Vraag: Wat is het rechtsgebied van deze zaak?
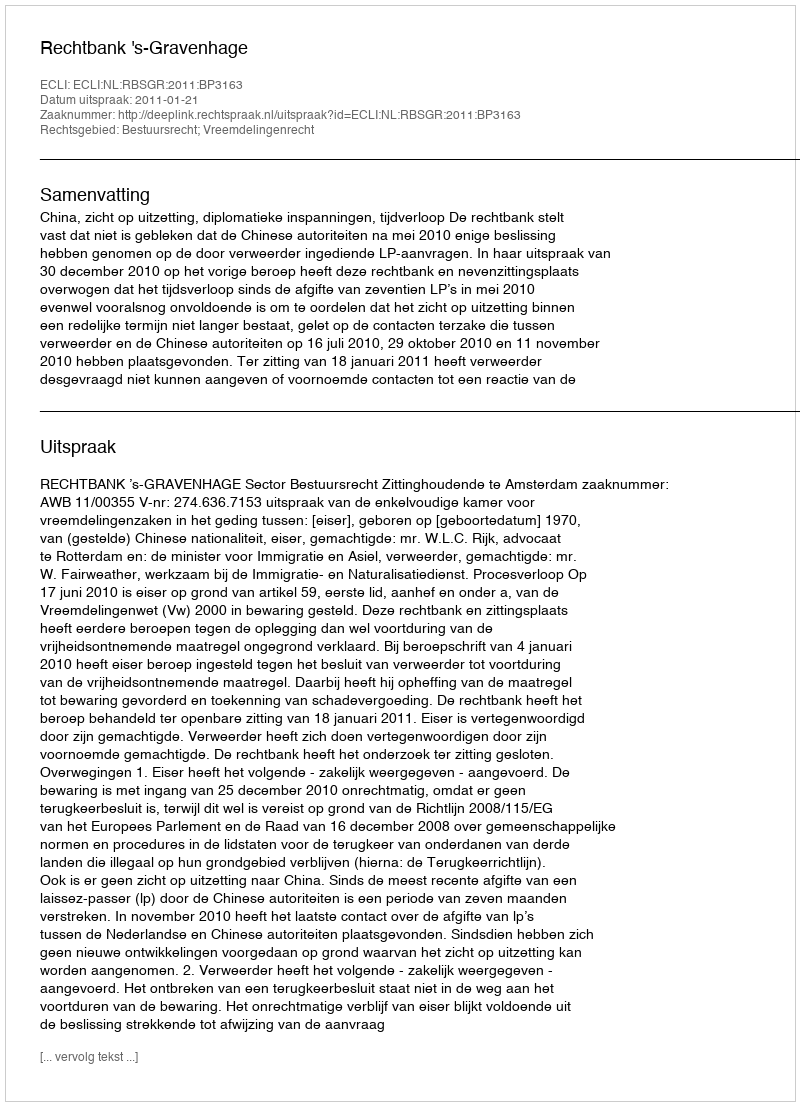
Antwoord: Bestuursrecht; Vreemdelingenrecht